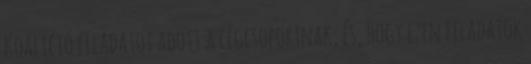
Koalíció feladatot adott a cégcsoportnak, és, hogy ezen feladatok